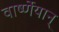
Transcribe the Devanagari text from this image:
वार्ष्णेयान्‌